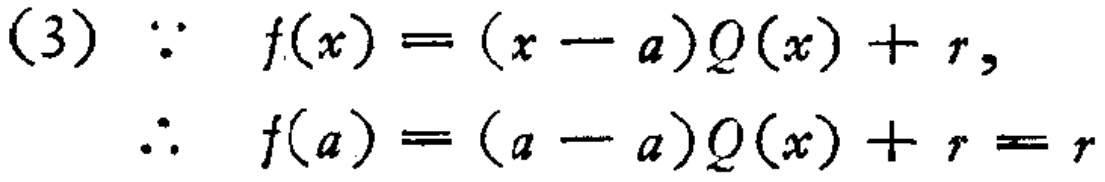
(3) \(\because f(x)=(x - a)Q(x)+r\),

\(\therefore f(a)=(a - a)Q(x)+r = r\)